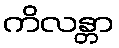
ကိလန္တာ